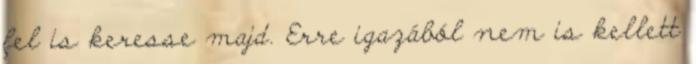
fel is keresse majd. Erre igazából nem is kellett